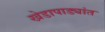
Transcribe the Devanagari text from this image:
खेडापाड्यांत